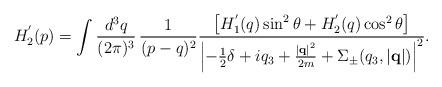
LaTeX: \begin{align*}H_2^{'}(p) = \int \frac{d^3q}{(2\pi)^3} \, \frac{1}{(p - q)^2} \frac{\left[ H_1^{'}(q) \sin^2\theta+H_2^{'}(q)\cos^2\theta \right]}{ \left|-\frac{1}{2}\delta+iq_3 + \frac{\left|{\bf q}\right|^2}{2m} + \Sigma_{\pm}(q_3,\left|{\bf q}\right|) \right|^2 }. \end{align*}